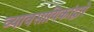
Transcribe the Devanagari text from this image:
व्यावसायिकांद्वारे